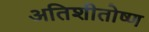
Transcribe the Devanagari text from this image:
अतिशीतोष्ण